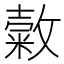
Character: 𢿰